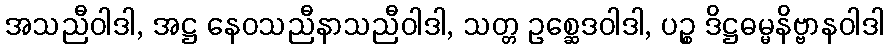
အသညီဝါဒါ, အဋ္ဌ နေဝသညီနာသညီဝါဒါ, သတ္တ ဥစ္ဆေဒဝါဒါ, ပဉ္စ ဒိဋ္ဌဓမ္မနိဗ္ဗာနဝါဒါ